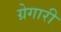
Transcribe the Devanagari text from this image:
ग्रेगारी